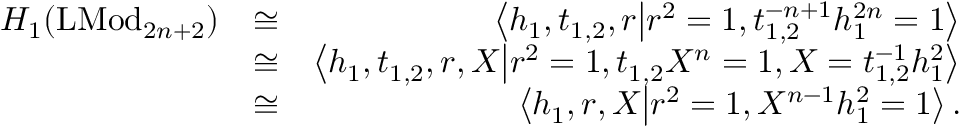
\begin{array} { r l r } { H _ { 1 } ( \mathrm { L M o d } _ { 2 n + 2 } ) } & { \cong } & { \left< h _ { 1 } , t _ { 1 , 2 } , r \middle | r ^ { 2 } = 1 , t _ { 1 , 2 } ^ { - n + 1 } h _ { 1 } ^ { 2 n } = 1 \right> } \\ & { \cong } & { \left< h _ { 1 } , t _ { 1 , 2 } , r , X \middle | r ^ { 2 } = 1 , t _ { 1 , 2 } X ^ { n } = 1 , X = t _ { 1 , 2 } ^ { - 1 } h _ { 1 } ^ { 2 } \right> } \\ & { \cong } & { \left< h _ { 1 } , r , X \middle | r ^ { 2 } = 1 , X ^ { n - 1 } h _ { 1 } ^ { 2 } = 1 \right> . } \end{array}